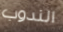
الندوب